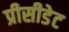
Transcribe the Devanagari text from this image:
प्रीसीडेट